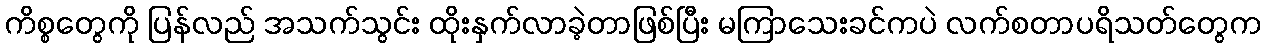
ကိစ္စတွေကို ပြန်လည် အသက်သွင်း ထိုးနှက်လာခဲ့တာဖြစ်ပြီး မကြာသေးခင်ကပဲ လက်စတာပရိသတ်တွေက